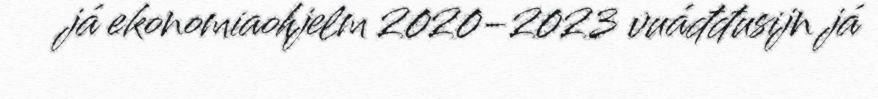
já ekonomiaohjelm 2020-2023 vuáđđusijn já